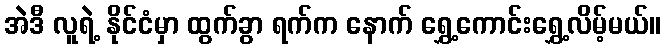
အဲဒီ လူရဲ့ နိုင်ငံမှာ ထွက်ခွာ ရက်က နောက် ရွှေ့ကောင်းရွှေ့လိမ့်မယ်။